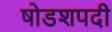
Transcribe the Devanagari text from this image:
षोडशपदी